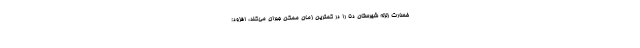
خسارت زلزله شهرستان دنا را در کمترین زمان ممکن جبران می‌کند، افزود: